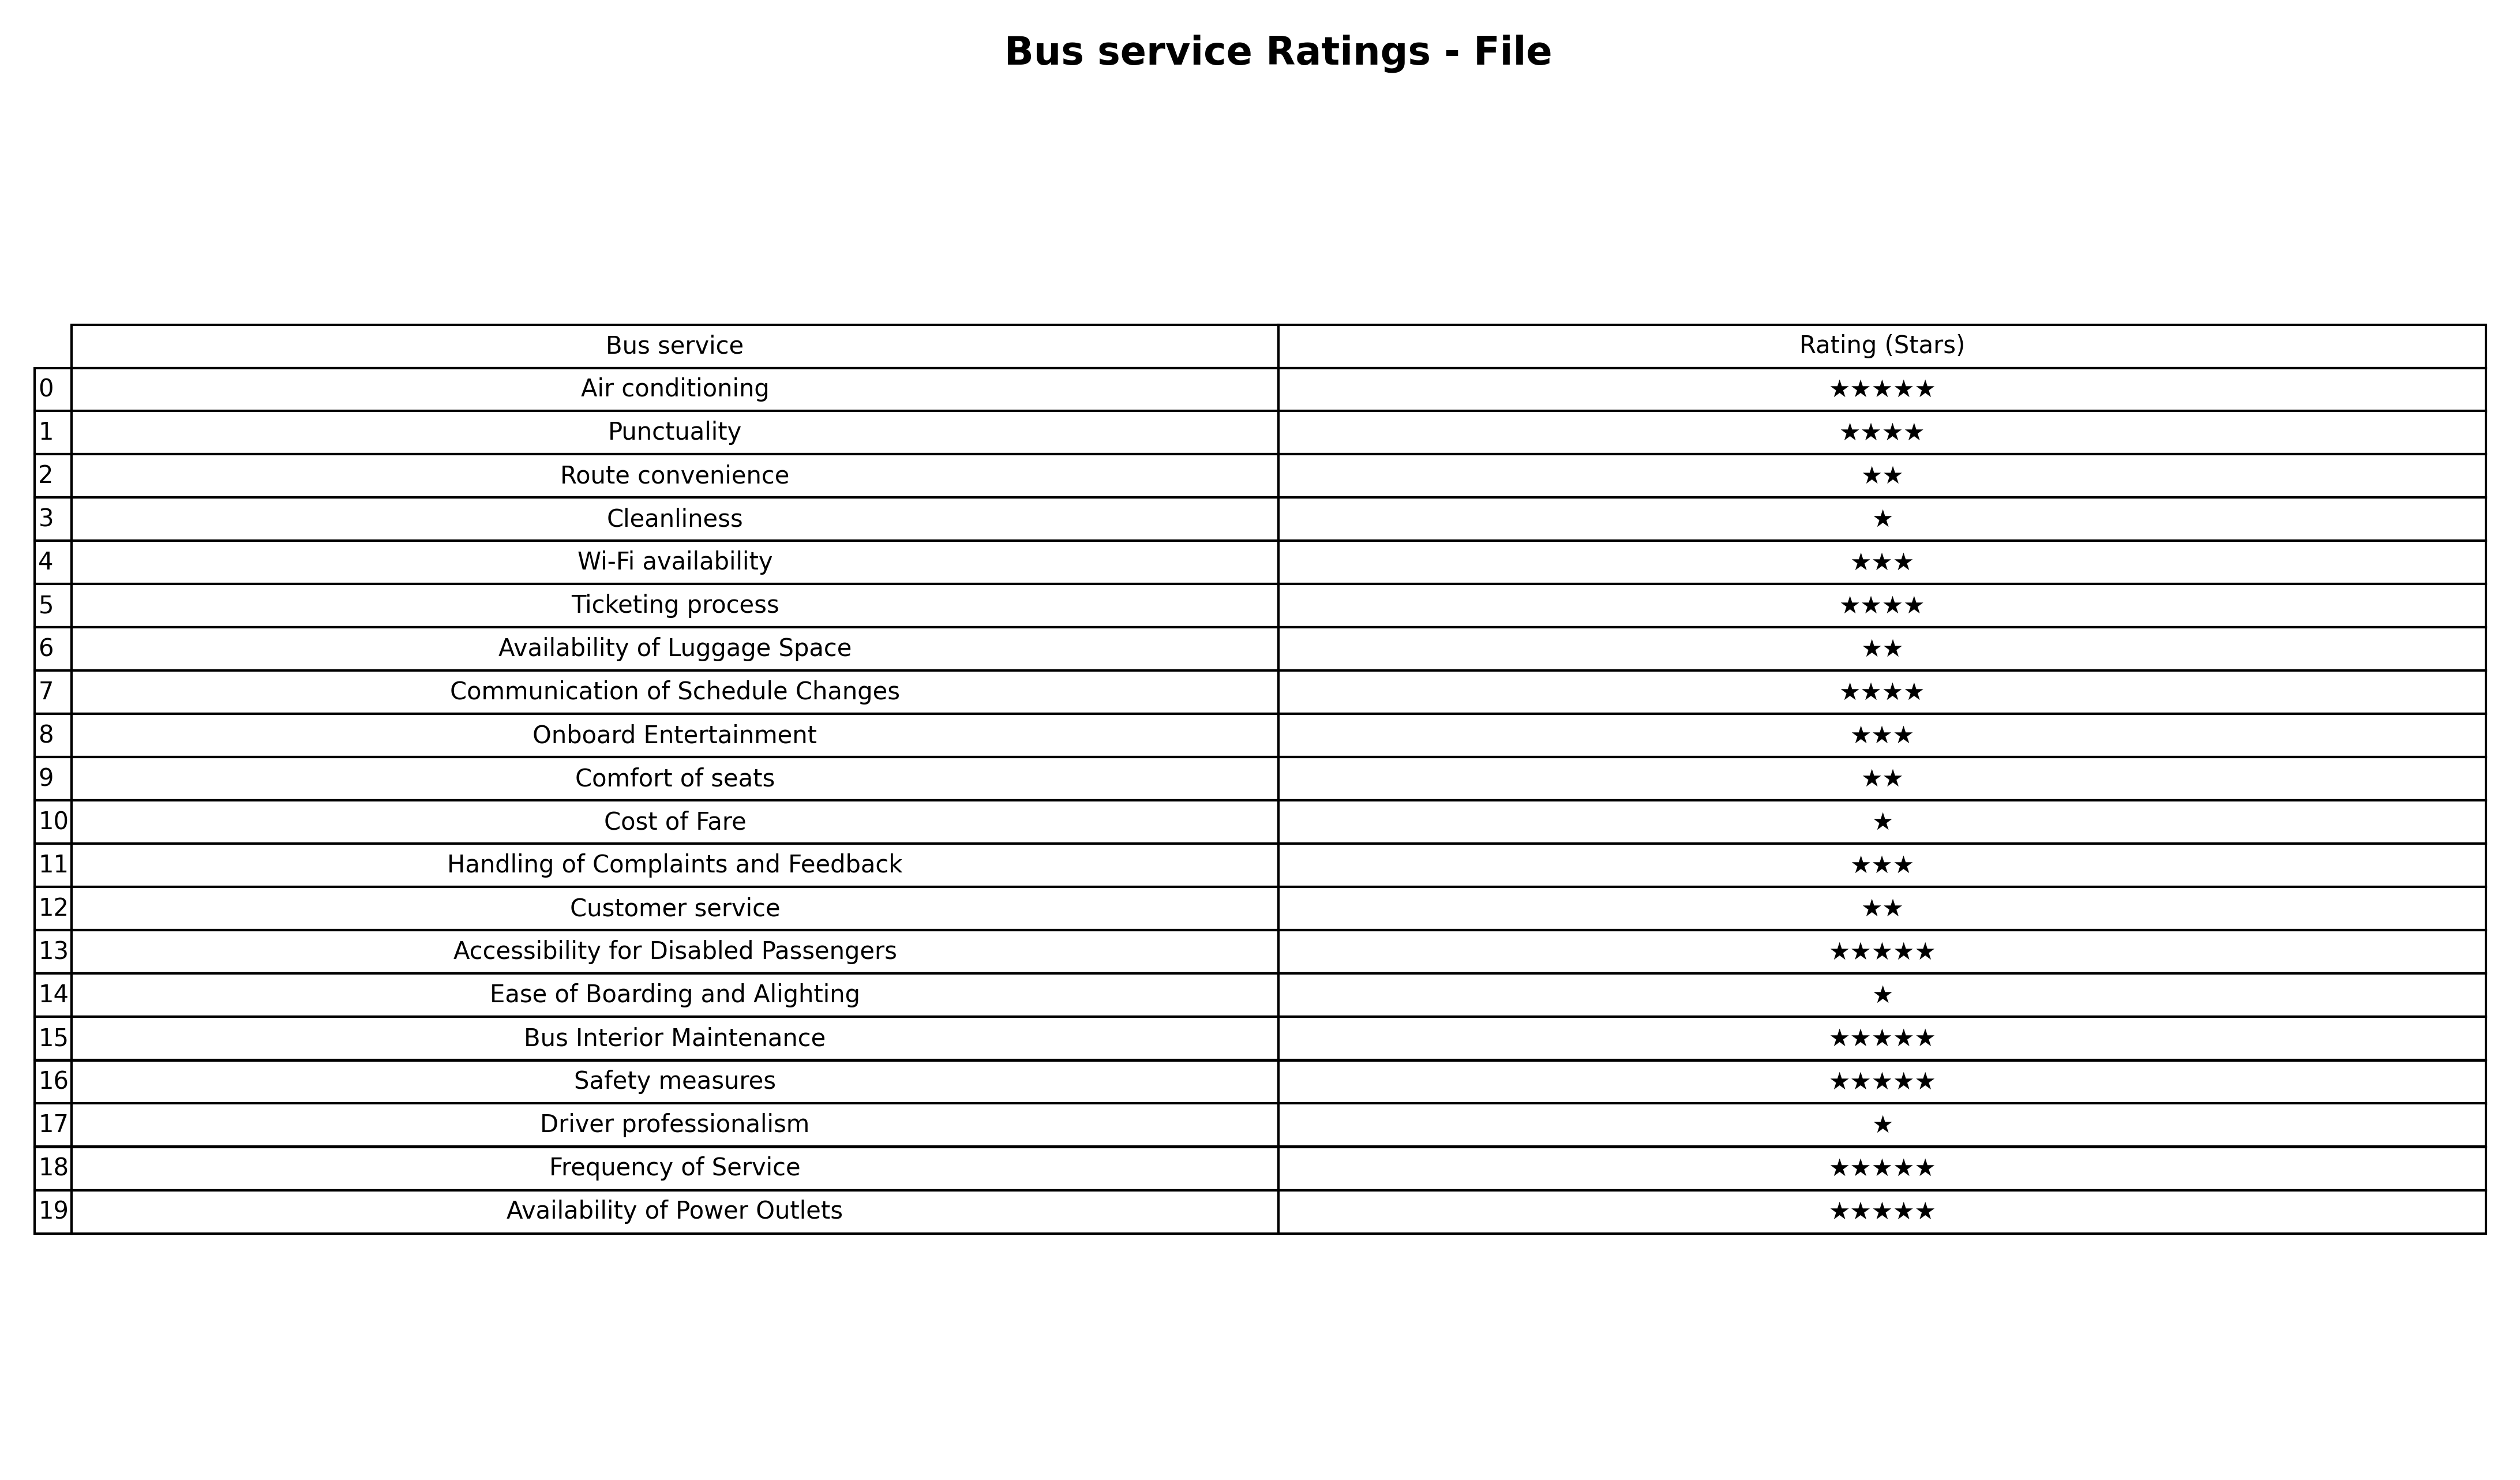
question: Which services are rated average?
answer: Wi-Fi availabilityOnboard EntertainmentHandling of Complaints and Feedback